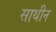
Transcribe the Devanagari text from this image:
साथीन